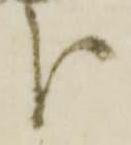
分